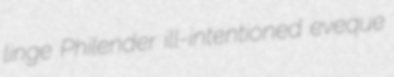
linge Philender ill-intentioned eveque